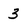
Character: 3